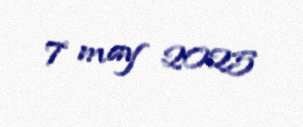
7 may 2025